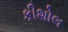
કીશોલ